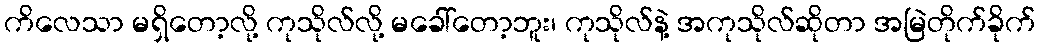
ကိလေသာ မရှိတော့လို့ ကုသိုလ်လို့ မခေါ်တော့ဘူး၊ ကုသိုလ်နဲ့ အကုသိုလ်ဆိုတာ အမြဲတိုက်ခိုက်